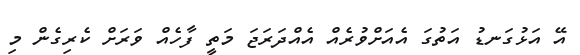
އޭ އަޅުގަނޑު އަތުގަ އެއަށްވުރެއް އެއްދަރަޖަ މަތީ ފާހެއް ވަރަށް ކެރިގެން މި